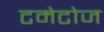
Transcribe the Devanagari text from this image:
टमेटोज